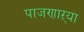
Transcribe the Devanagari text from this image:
पाजणाऱ्या